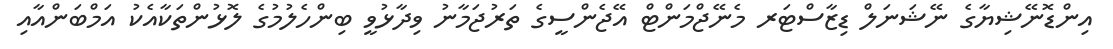
އިންޑޮނޭޝިޔާގެ ނޭޝަނަލް ޑިޒާސްޓަރ މެނޭޖްމަންޓް އޭޖެންސީގެ ތަރުޖަމާނު ވިދާޅުވީ ބިންހެލުމުގެ ލޮޅުންތަކާއެކު އަމްބަންއާއި